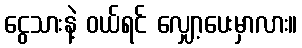
ငွေသားနဲ့ ဝယ်ရင် လျှော့ပေးမှာလား။